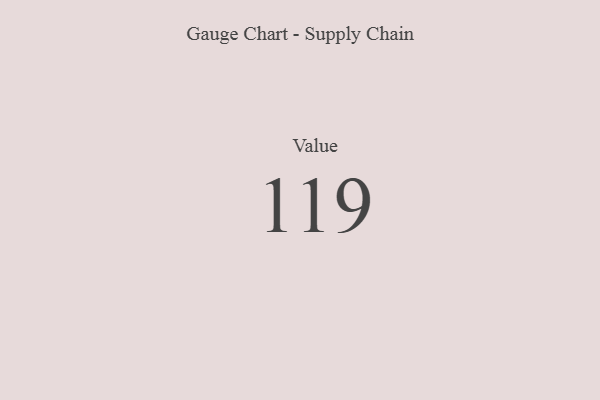
{"axis": {"x": "Metric", "y": "Value"}, "legend": [""], "data": [{"x": "Value", "y": 119, "type": ""}]}